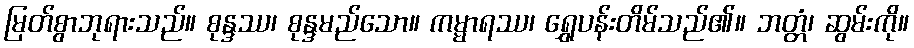
မြတ်စွာဘုရားသည်။ စုန္ဒဿ၊ စုန္ဒမည်သော။ ကမ္မာရဿ၊ ရွှေပန်းတိမ်သည်၏။ ဘတ္တံ၊ ဆွမ်းကို။